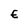
Character: E